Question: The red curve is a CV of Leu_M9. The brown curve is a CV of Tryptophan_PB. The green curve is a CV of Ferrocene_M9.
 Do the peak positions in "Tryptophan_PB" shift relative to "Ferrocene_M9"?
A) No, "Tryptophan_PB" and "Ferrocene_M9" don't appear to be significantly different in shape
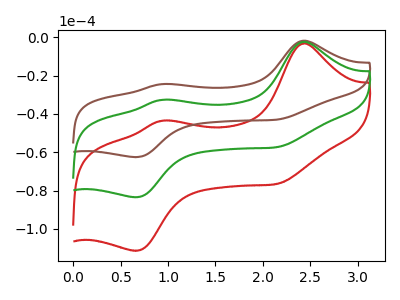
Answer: <think>The red curve "Leu_M9" has anodic peaks at (2.40V, -4.80uA) (0.95V, -65.25uA) and cathodic peaks at (2.15V, -114.45uA) (0.65V, -167.05uA). The brown curve "Tryptophan_PB" has anodic peaks at (2.40V, -1.80uA) (0.95V, -24.45uA) and cathodic peaks at (2.15V, -42.90uA) (0.65V, -62.60uA). The green curve "Ferrocene_M9" has anodic peaks at (2.40V, -2.40uA) (0.95V, -32.60uA) and cathodic peaks at (2.15V, -57.20uA) (0.65V, -83.50uA).
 All the peaks in "Tryptophan_PB" have a peak in "Ferrocene_M9" at the same potential.</think>
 <answer>A) No, "Tryptophan_PB" and "Ferrocene_M9" don't appear to be significantly different in shape</answer>
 <eval>A</eval>